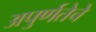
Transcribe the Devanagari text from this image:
अपुर्णतेचे